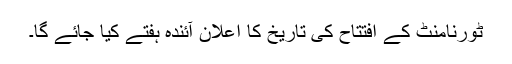
ٹورنامنٹ کے افتتاح کی تاریخ کا اعلان آئندہ ہفتے کیا جائے گا۔